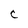
Character: C